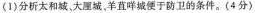
(1)分析太和城，大厘城，羊直咩城便于防卫的条件。(4分)